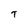
Character: T